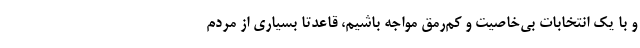
و با یک انتخابات بی‌خاصیت و کم‌رمق مواجه باشیم، قاعدتا بسیاری از مردم